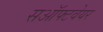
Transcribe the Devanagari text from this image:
सऑफ्टवेयर